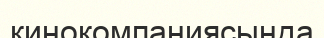
кинокомпаниясында